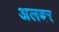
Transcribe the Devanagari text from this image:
अलबर